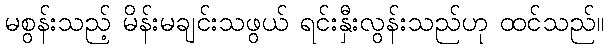
မစွန်းသည့် မိန်းမချင်းသဖွယ် ရင်းနှီးလွန်းသည်ဟု ထင်သည်။